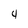
Character: 4